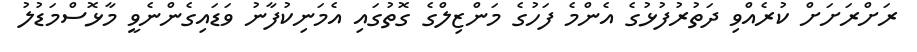
ރަށްރަށަށް ކުރެއްވި ދަތުރުފުޅުގެ އެންމެ ފަހުގެ މަންޒިލްގެ ގޮތުގައި އެމަނިކުފާނު ވަޑައިގެންނެވީ މާޅޮސްމަޑުލު